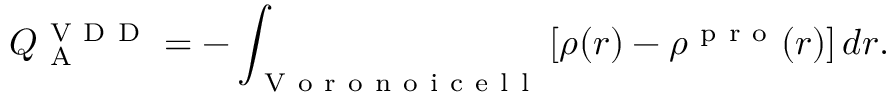
Q _ { \mathrm { ~ A ~ } } ^ { \mathrm { ~ V ~ D ~ D ~ } } = - \int _ { \mathrm { ~ V ~ o ~ r ~ o ~ n ~ o ~ i ~ c ~ e ~ l ~ l ~ } } \left[ \rho ( r ) - \rho ^ { \mathrm { ~ p ~ r ~ o ~ } } ( r ) \right] d r .